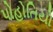
પોહોતિયો